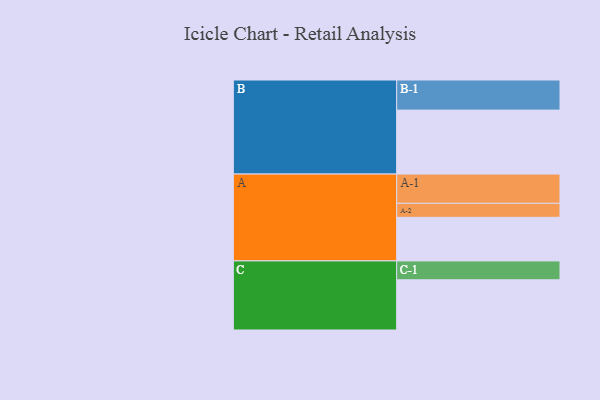
{"axis": {"x": "Segment", "y": "Value"}, "legend": ["", "A", "B", "C"], "data": [{"x": "A", "y": 349, "type": ""}, {"x": "B", "y": 512, "type": ""}, {"x": "C", "y": 402, "type": ""}, {"x": "A-1", "y": 234, "type": "A"}, {"x": "A-2", "y": 112, "type": "A"}, {"x": "B-1", "y": 241, "type": "B"}, {"x": "C-1", "y": 151, "type": "C"}]}